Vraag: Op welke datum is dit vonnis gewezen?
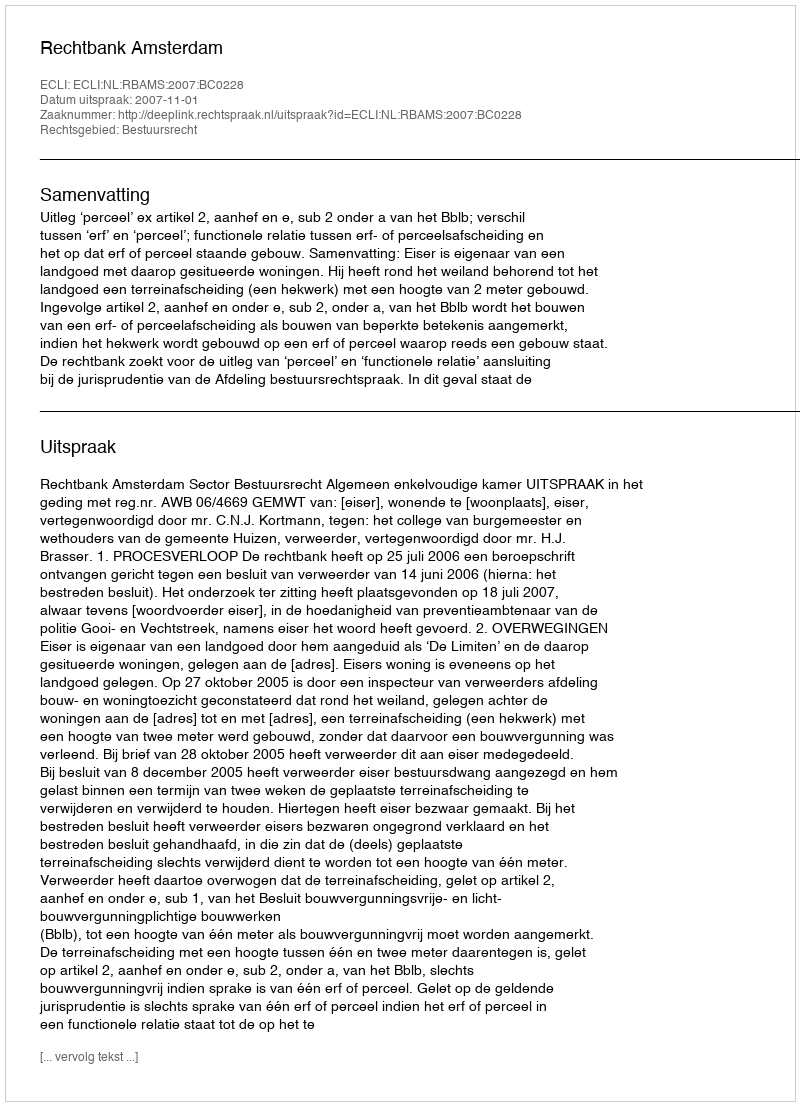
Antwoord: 2007-11-01